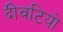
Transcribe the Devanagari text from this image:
दीवटियो